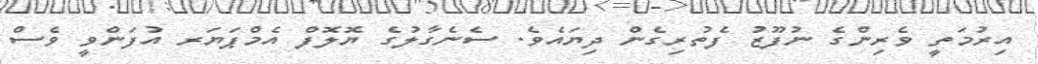
އިރުމަތީ ވެރިންގެ ނުފޫޒު ފެތުރިގެން ދިޔައެވެ. ސެނެގާލުގެ ޔޮލޮފް އެމްޕަޔަރ އުފަންވީ ވެސް